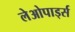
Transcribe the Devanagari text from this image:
लेओपार्ड्स